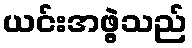
ယင်းအဖွဲ့သည်